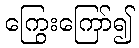
ကြွေးကြော်၍